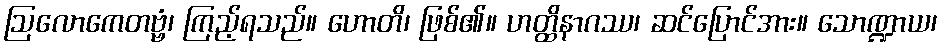
ဩလောကေတဗ္ဗံ၊ ကြည့်ရသည်။ ဟောတိ၊ ဖြစ်၏။ ဟတ္ထိနာဂဿ၊ ဆင်ပြောင်အား။ သောဏ္ဍာယ၊